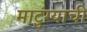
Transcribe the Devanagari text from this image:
माटुंग्याची